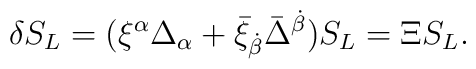
\delta S_{L} = (\xi^{\alpha} \Delta_{\alpha} + \bar{\xi}_{\dot{\beta}} \bar{\Delta}^{\dot{\beta}}) S_{L} = \Xi S_{L} .